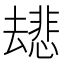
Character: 𫨯